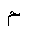
Letter: _mim